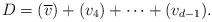
LaTeX: \begin{align*}D = (\overline{v}) + (v_4) + \cdots + (v_{d-1}).\end{align*}